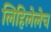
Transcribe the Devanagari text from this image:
लिहिलेलेच